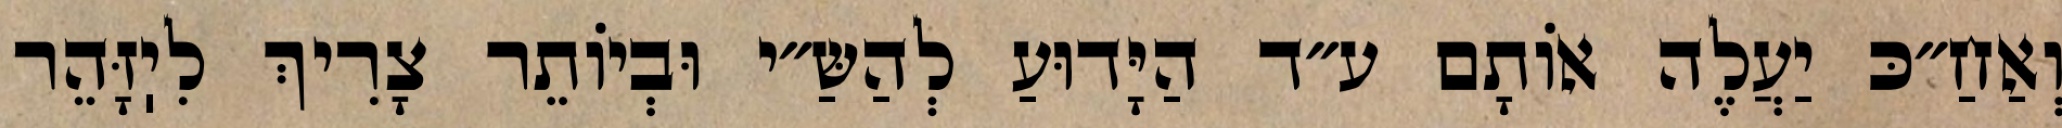
וְאַחַ״כּ יַעֲלֶה אוֹתָם ע״ד הַיָּדוּעַ לְהַשַּ״י וּבְיוֹתֵר צָרִיךְ לִיֽזָּהֵר